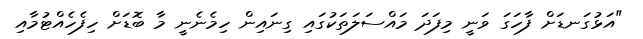
"އަޅުގަނޑަށް ފާހަގަ ވަނީ މިފަދަ މައްސަލަތަކުގައި ގިނައިން ހިމެނެނީ މާ ބޮޑަށް ހިފެހެއްޓުމާއި